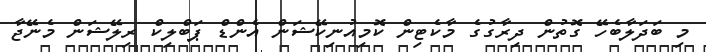
މި ބަދަލާބެހޭ ގޮތުން ދިރާގުގެ މާކެޓިން ކޮމިއުނިކޭޝަން އެންޑް ޕަބްލިކް ރިލޭޝަން މެނޭޖާ